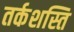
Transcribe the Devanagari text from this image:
तर्कशस्ति